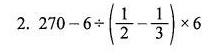
2. $$2 7 0 - 6 \div ( \frac { 1 } { 2 } - \frac { 1 } { 3 } ) \times 6$$